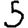
Digit: 5